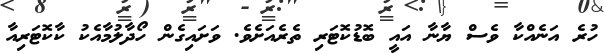
ހުރެ އަނެއްކާ ވެސް ޔާނާ އައީ ބޮޑުކޮޓަރި ތެރެއަށެވެ. ވަށައިގެން ހޯދާލުމާއެކު ކާކޮޓަރިއާ